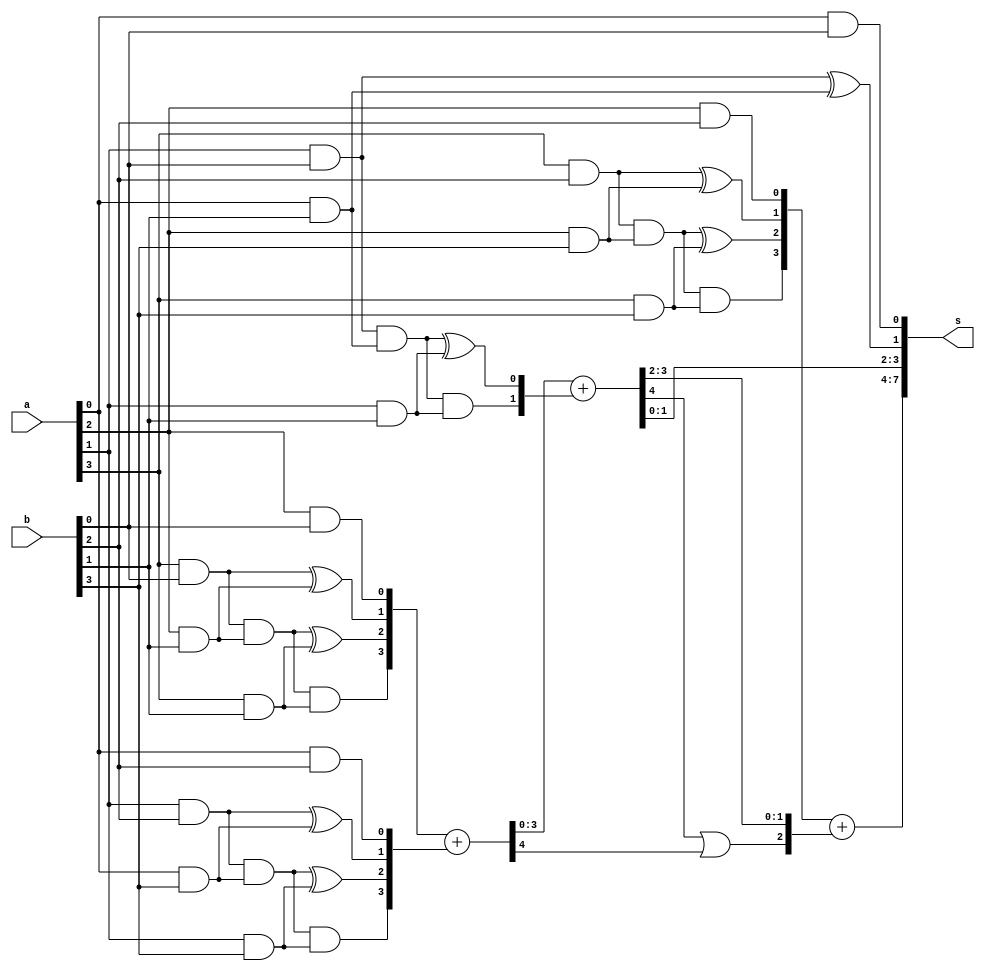
/*
*   Name        :4bit vedic multiplier
*   Description :
*   Orirgin     :20200805
*   Modify      :
*/
module simple_vedic_4bit
(
    input   wire    [3:0]   a   ,
    input   wire    [3:0]   b   ,
    output  wire    [7:0]   s 
);


function [3:0]vedic2x2; 
    input [1:0] a; 
    input [1:0] b; 
begin
    vedic2x2[0]=a[0]&b[0];
    vedic2x2[1]=(a[1]&b[0])^(a[0]&b[1]);
    vedic2x2[2]=((a[1]&b[0])&(a[0]&b[1]))^(a[1]&b[1]);
    vedic2x2[3]=((a[1]&b[0])&(a[0]&b[1]))&(a[1]&b[1]);
end    
endfunction

wire [3:0]res0;
wire [3:0]res1;
wire [3:0]res2;
wire [3:0]res3;
wire [4:0]res0_adder;
wire [4:0]res1_adder;
assign res0=vedic2x2(a[1:0],b[1:0]);
assign res1=vedic2x2(a[3:2],b[1:0]);
assign res2=vedic2x2(a[1:0],b[3:2]);
assign res3=vedic2x2(a[3:2],b[3:2]);

assign s[1:0]       = res0[1:0];
assign res0_adder   = res1+res2;
assign res1_adder   = res0_adder[3:0]+res0[3:2];
assign s[3:2]       = res1_adder[1:0];
assign s[7:4]       = res3+{1'd0,res1_adder[4]|res0_adder[4],res1_adder[3:2]};
endmodule